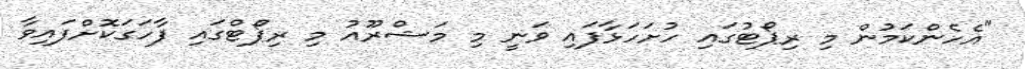
"އެހެންކަމުން މި ރިޕޯޓުގައި ހުށަހަޅާފައި ވަނީ މި މަޝްރޫއު މި ރިޕޯޓްގައި ފާހަގަކޮށްފައިވާ